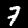
Digit: 7